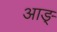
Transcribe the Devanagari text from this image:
आङ्‌